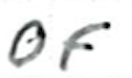
Text: of
Cross-out: clean
Writing tool: ballpoint